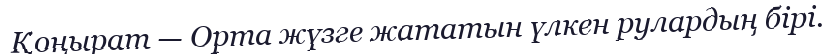
Қоңырат — Орта жүзге жататын үлкен рулардың бірі.